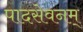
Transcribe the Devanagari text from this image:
पादसेवनम्